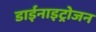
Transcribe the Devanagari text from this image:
डाईनाइट्रोजन